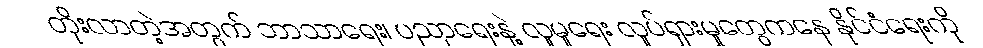
တိုးလာတဲ့အတွက် ဘာသာရေး၊ ပညာရေးနဲ့ လူမှုရေး လှုပ်ရှားမှုတွေကနေ နိုင်ငံရေးကို